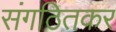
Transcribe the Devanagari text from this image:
संगठितकर